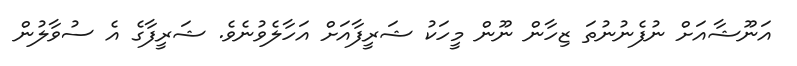
އަނޫޝާއަށް ނުފެނުނުތަ ޒިހާން ނޫން މީހަކު ޝަރީފާއަށް އަހާލެވުނެވެ. ޝަރީފާގެ އެ ސުވާލުން